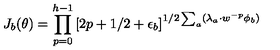
J _ { b } ( \theta ) = \prod _ { p = 0 } ^ { h - 1 } \left[ 2 p + 1 / 2 + \epsilon _ { b } \right] ^ { 1 / 2 \sum _ { a } ( \lambda _ { a } \cdot w ^ { - p } \phi _ { b } ) }